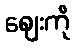
ဈေးကို